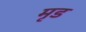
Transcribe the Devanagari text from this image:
मृड